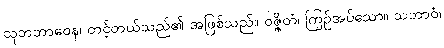
သုဘဘာဝေန၊ တင့်တယ်သည်၏ အဖြစ်သည်။ ဝဇ္ဇိတံ၊ ကြဉ်အပ်သော။ သဘာဝံ၊